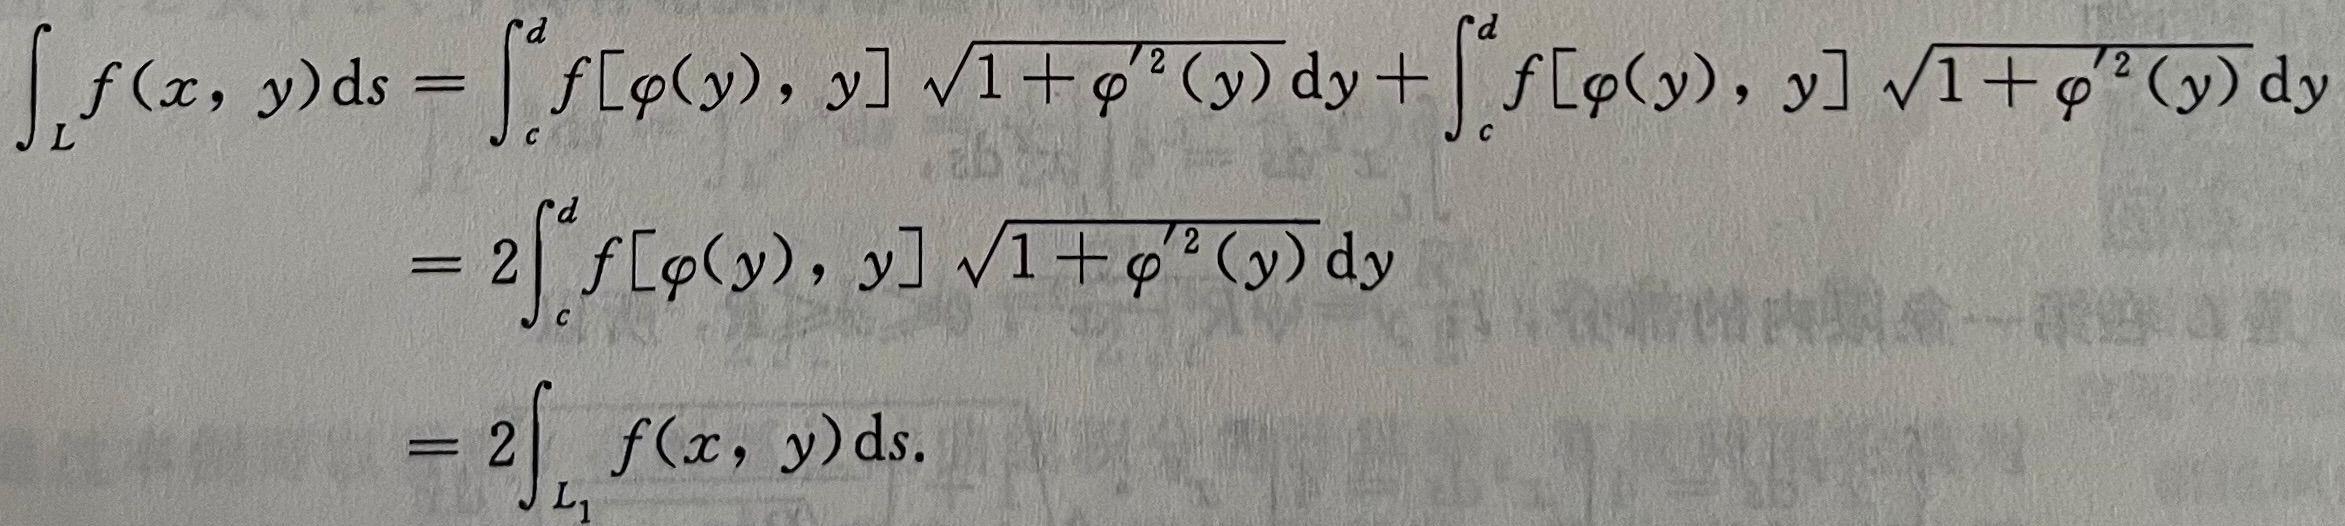
\[
\begin{align*}
\int_{L} f(x, y) \mathrm{d}s&=\int_{c}^{d} f[\varphi(y), y] \sqrt{1+\varphi^{\prime 2}(y)} \mathrm{d}y+\int_{c}^{d} f[\varphi(y), y] \sqrt{1+\varphi^{\prime 2}(y)} \mathrm{d}y\\
&=2\int_{c}^{d} f[\varphi(y), y] \sqrt{1+\varphi^{\prime 2}(y)} \mathrm{d}y\\
&=2\int_{L_{1}} f(x, y) \mathrm{d}s.
\end{align*}
\]